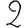
Digit: 2